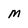
Character: M